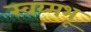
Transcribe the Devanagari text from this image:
स्वय्मभू